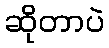
ဆိုတာပဲ